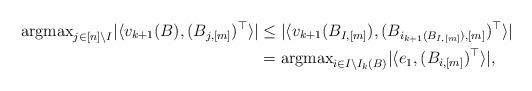
LaTeX: \begin{align*}{\rm argmax}_{j \in [n]\backslash I}| \langle v_{k+1}(B), (B_{j,[m]})^\top\rangle| &\le|\langle v_{k+1}(B_{I,[m]}), (B_{i_{k+1}(B_{I,[m]}),[m]})^\top \rangle |\\&={\rm argmax}_{i \in I\backslash I_{k}(B)} |\langle e_1, (B_{i,[m]})^\top\rangle|,\end{align*}